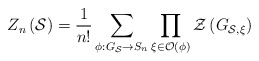
\begin{align*}Z_{n}\left( \mathcal{S}\right) =\frac{1}{n!}\sum _{\phi :G_{\mathcal{S}}\rightarrow S_{n}}\prod _{\xi \in \mathcal{O}(\phi )}\mathcal{Z}\left( G_{\mathcal{S},\xi }\right)\end{align*}